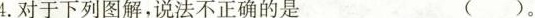
4.对于下列图解，说法不正确的是 ( )。